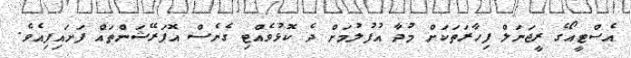
އެސްޓީއޯގެ ރީޖަނަލް ފިހާރަތަކަށް މުދާ އުފުލުމަށް ދެ ކޮޅުވެއްޓި ގެނެސް އޮޕަރޭޝަންތައް ފަށައިފިއެވެ.